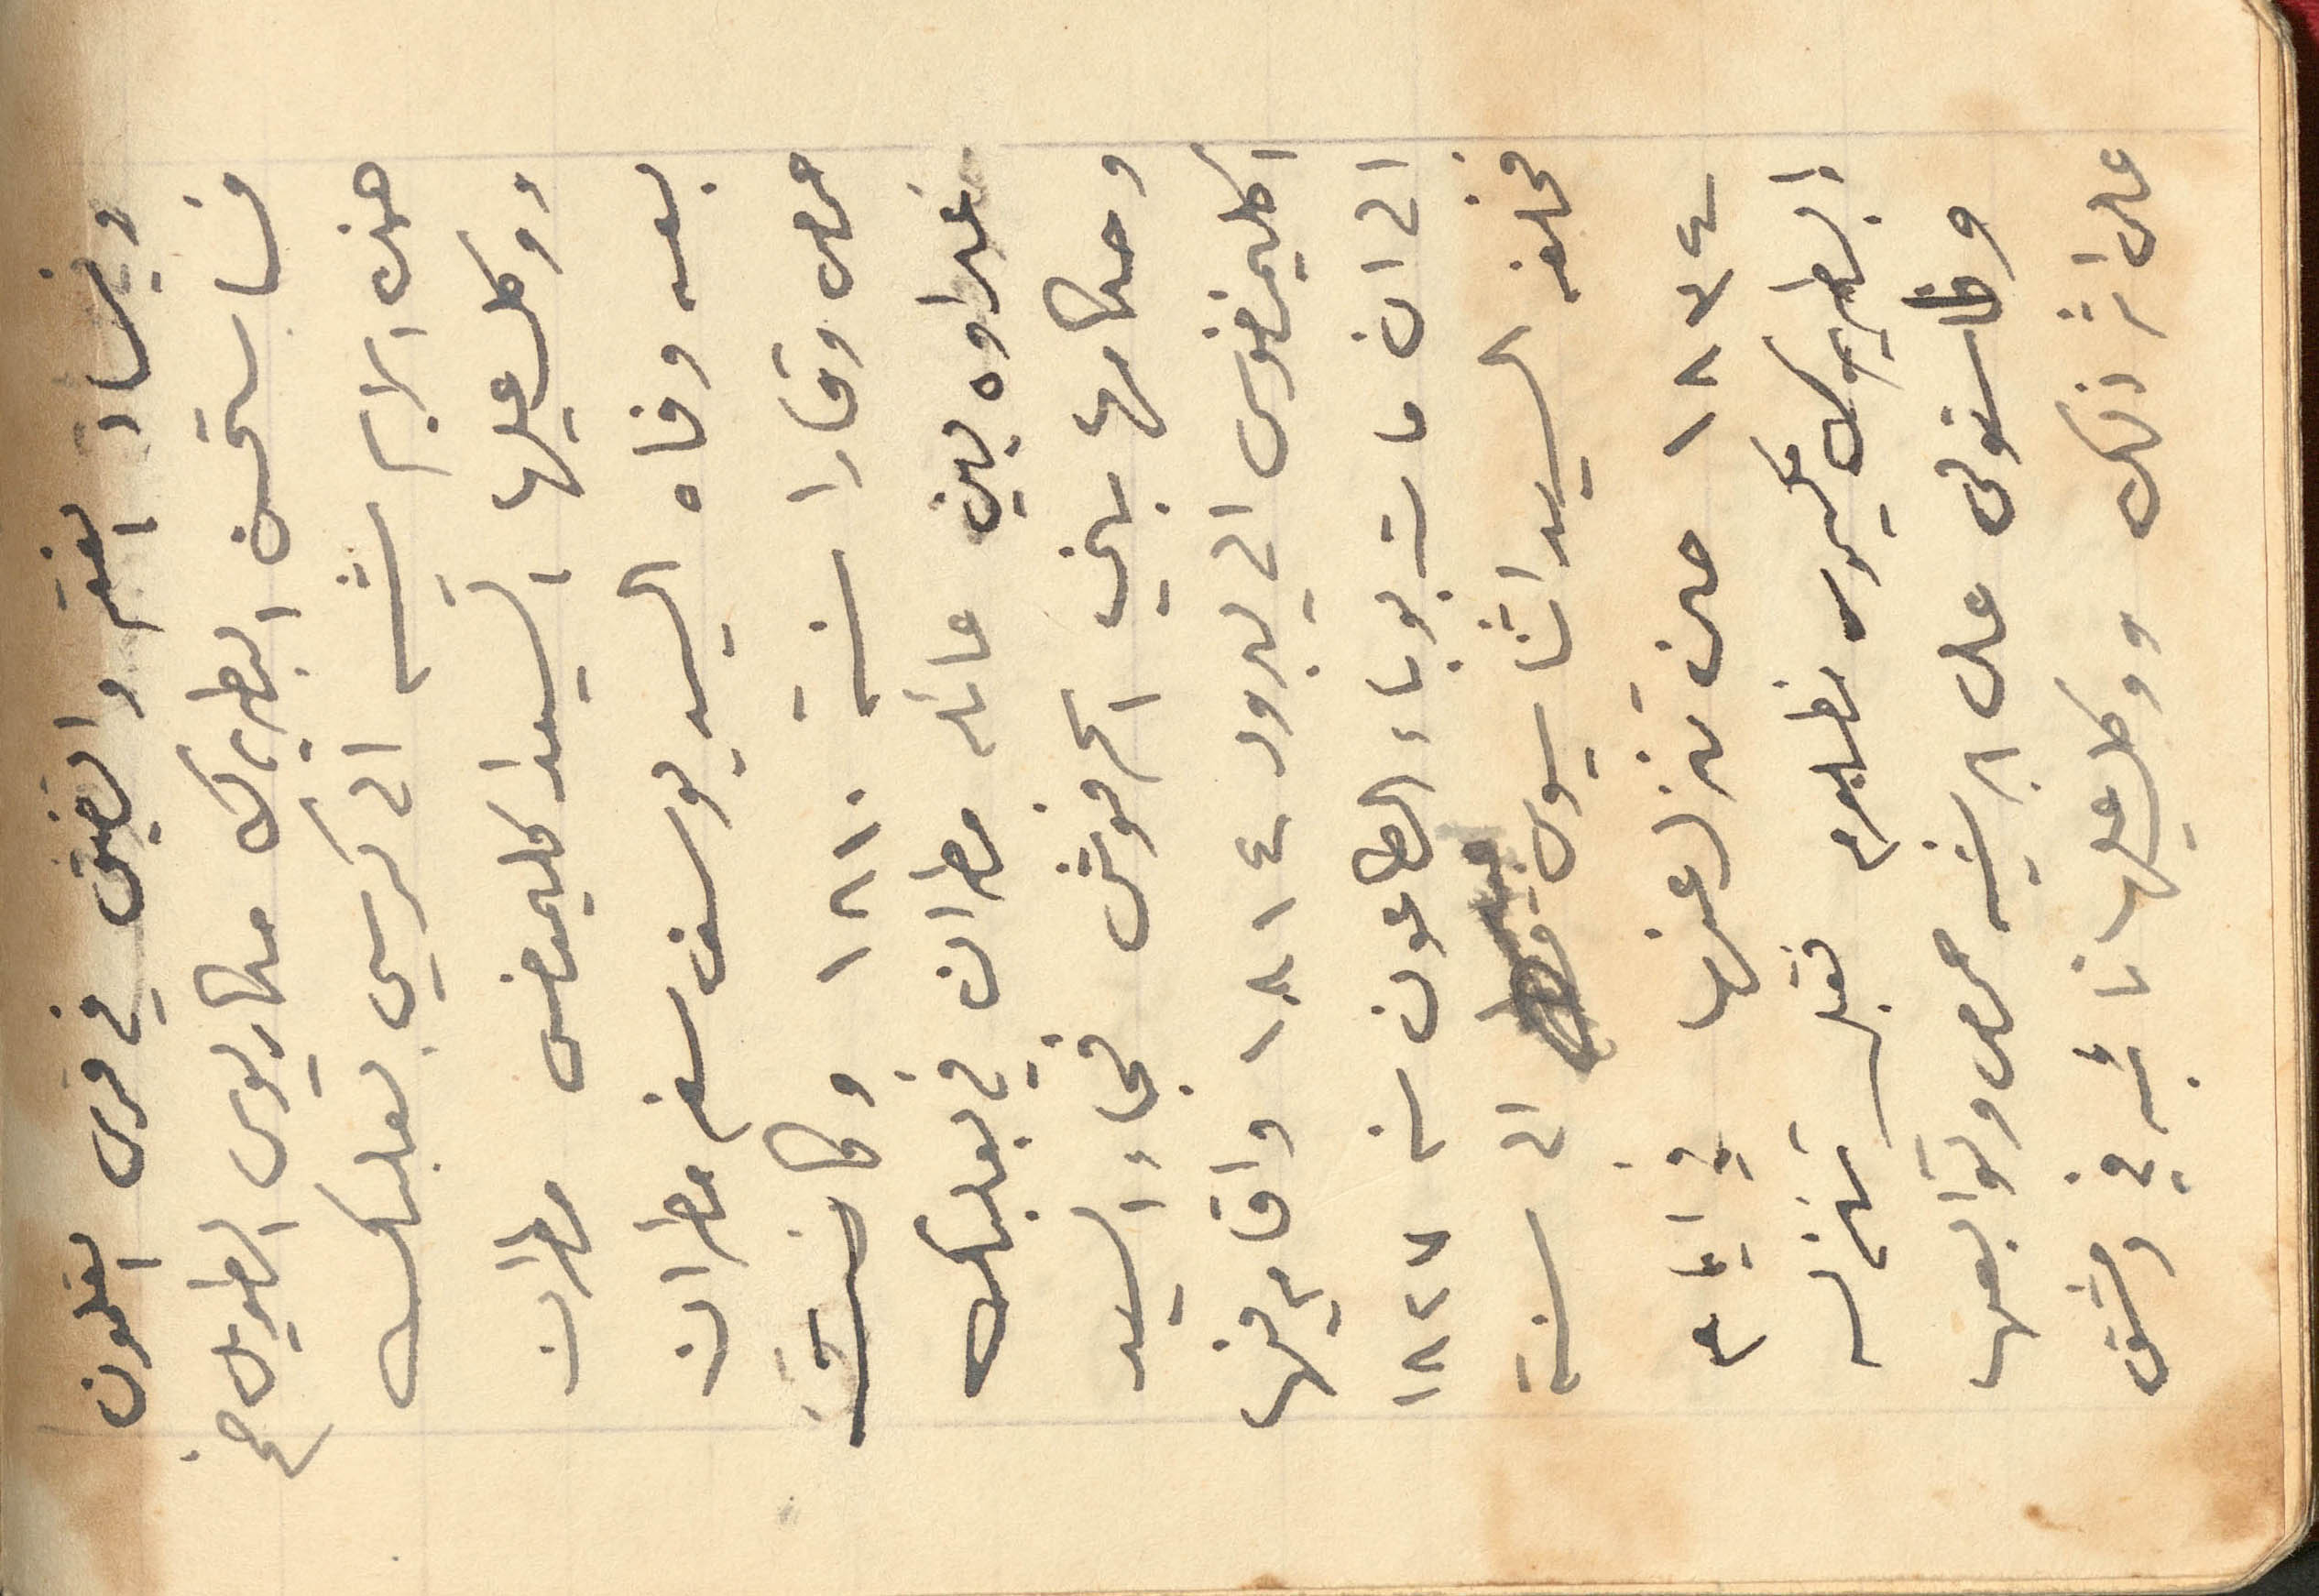
وساد الفقر والضيق في قرى القلمون
فاستحسن البطريرك مكاريوس الطويل ضم
هذه الابرشيه الى كرسي بعلبك
ووكل عليها السيد اكليمنضس مطران
بعد وفاه السيد يوسف سفر مطران
حمص وقارا سنة 1810 وكانت
عداوه بين عائله مطران في بعلبك
وحكامها بني الحرفوش فجاء السيد
اكليمنضوس الى يبرود 1814 واقام فيها
الى ان مات بوباء الطاعون سنة 1827
فخلفه السيد اثناسيوس عبيد الى سنة

1834 حين تنزل عنها في ايام
البطريرك مكسيموس مظلوم فقبل تنزله
واستولى على ابرشيه حمص وتوابعها
على اثر ذلك ووكل عليها نائبه في دمشق